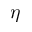
\eta